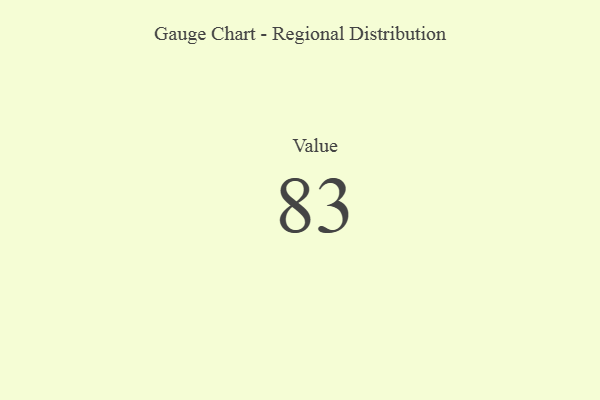
{"axis": {"x": "Metric", "y": "Value"}, "legend": [""], "data": [{"x": "Value", "y": 83, "type": ""}]}